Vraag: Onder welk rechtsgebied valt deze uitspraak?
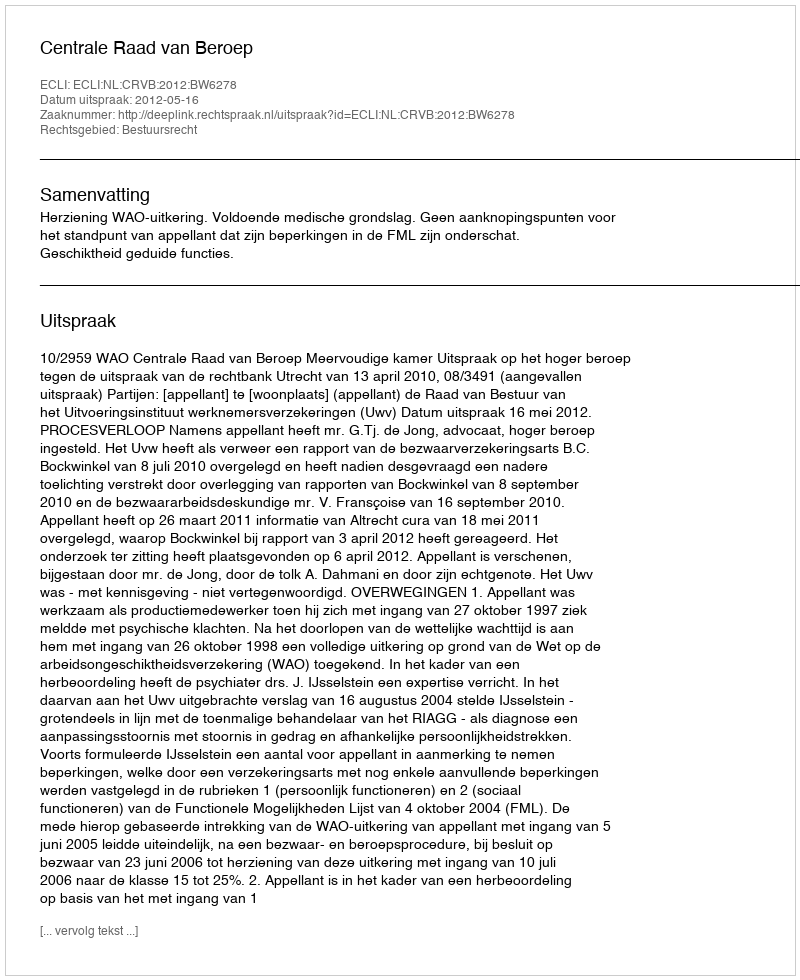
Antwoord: Bestuursrecht